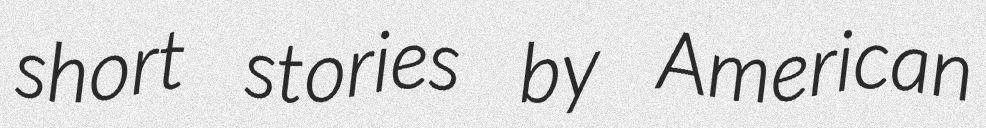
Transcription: short stories by American